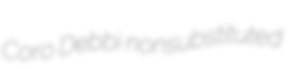
Coro Debbi nonsubstituted